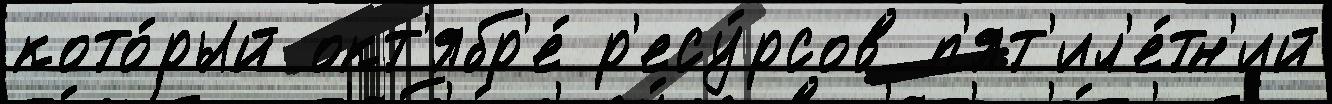
кото́рый окт'ябр'е́ р'есу́рсов п'ят'ил'е́тн'ий